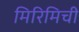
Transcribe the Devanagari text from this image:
मिरिमिची